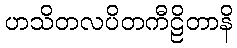
ဟသိတလပိတကီဠိတာနိ